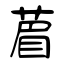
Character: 葿